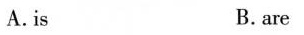
A.is B. are